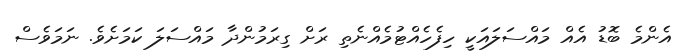
އެންމެ ބޮޑު އެއް މައްސަލައަކީ ހިފެހެއްޓުމެއްނެތި ރަށް ގިރަމުންދާ މައްސަލަ ކަމަށެވެ. ނަމަވެސް